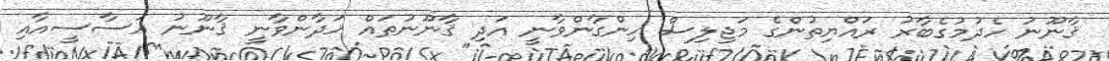
ޤާނޫނު ހެދުމުގެބާރު ރައްޔިތުންގެ މަޖިލިސް ހިންގާންވާނީ އަދި ޤާނޫނުތައް ހަދާންވާނީ ޤާނޫނު އަސާސީއާއި